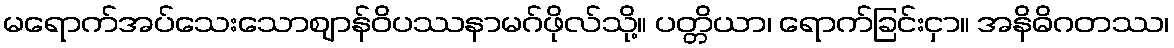
မရောက်အပ်သေးသောဈာန်ဝိပဿနာမဂ်ဖိုလ်သို့။ ပတ္တိယာ၊ ရောက်ခြင်းငှာ။ အနိဓိဂတဿ၊